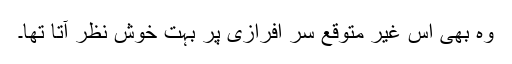
وہ بھی اس غیر متوقع سر افرازی پر بہت خوش نظر آتا تھا۔